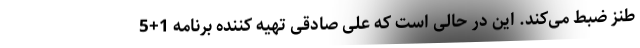
طنز ضبط می‌کند. این در حالی است که علی صادقی تهیه کننده برنامه 1+5